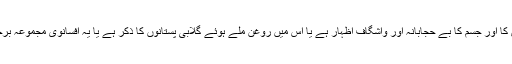
کیا صرف اس لئے کہ اس میں جنس کا اور جسم کا بے حجابانہ اور واشگاف اظہار ہے یا اس میں روغن ملے ہوئے گلابی پستانوں کا ذکر ہے یا یہ افسانوی مجموعہ برجنڈا کی بلیو فلم کا پرنٹ نظر آتا ہے۔